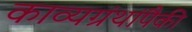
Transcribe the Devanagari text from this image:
काव्यग्रंथांपैकी